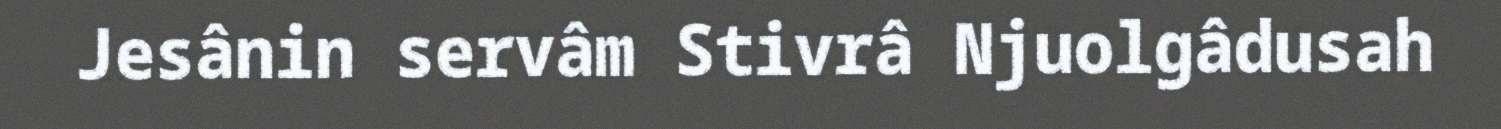
Jesânin servâm Stivrâ Njuolgâdusah